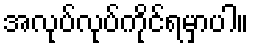
အလုပ်လုပ်ကိုင်ရမှာပါ။